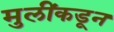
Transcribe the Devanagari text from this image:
मुलींकडून